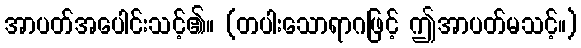
အာပတ်အပေါင်းသင့်၏။ (တပါးသောရာဂဖြင့် ဤအာပတ်မသင့်။)